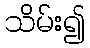
သိမ်း၍